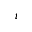
i